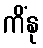
ကိံနု